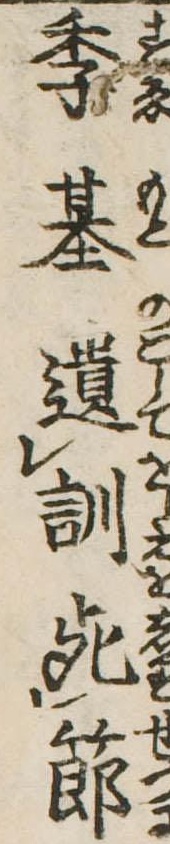
季基遺訓死節